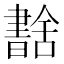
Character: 𦧶